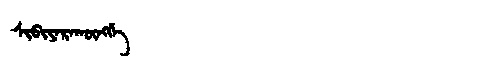
Manchu: ᠰᡳᠪᡳᠶᠠᡵᠠᡴᡡᠩᡤᡝ
Romanization: SIBIYARAKŪNGGE